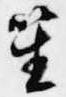
笙